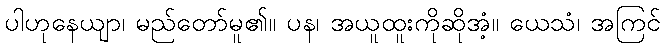
ပါဟုနေယျာ၊ မည်တော်မူ၏။ ပန၊ အယူထူးကိုဆိုအံ့။ ယေသံ၊ အကြင်